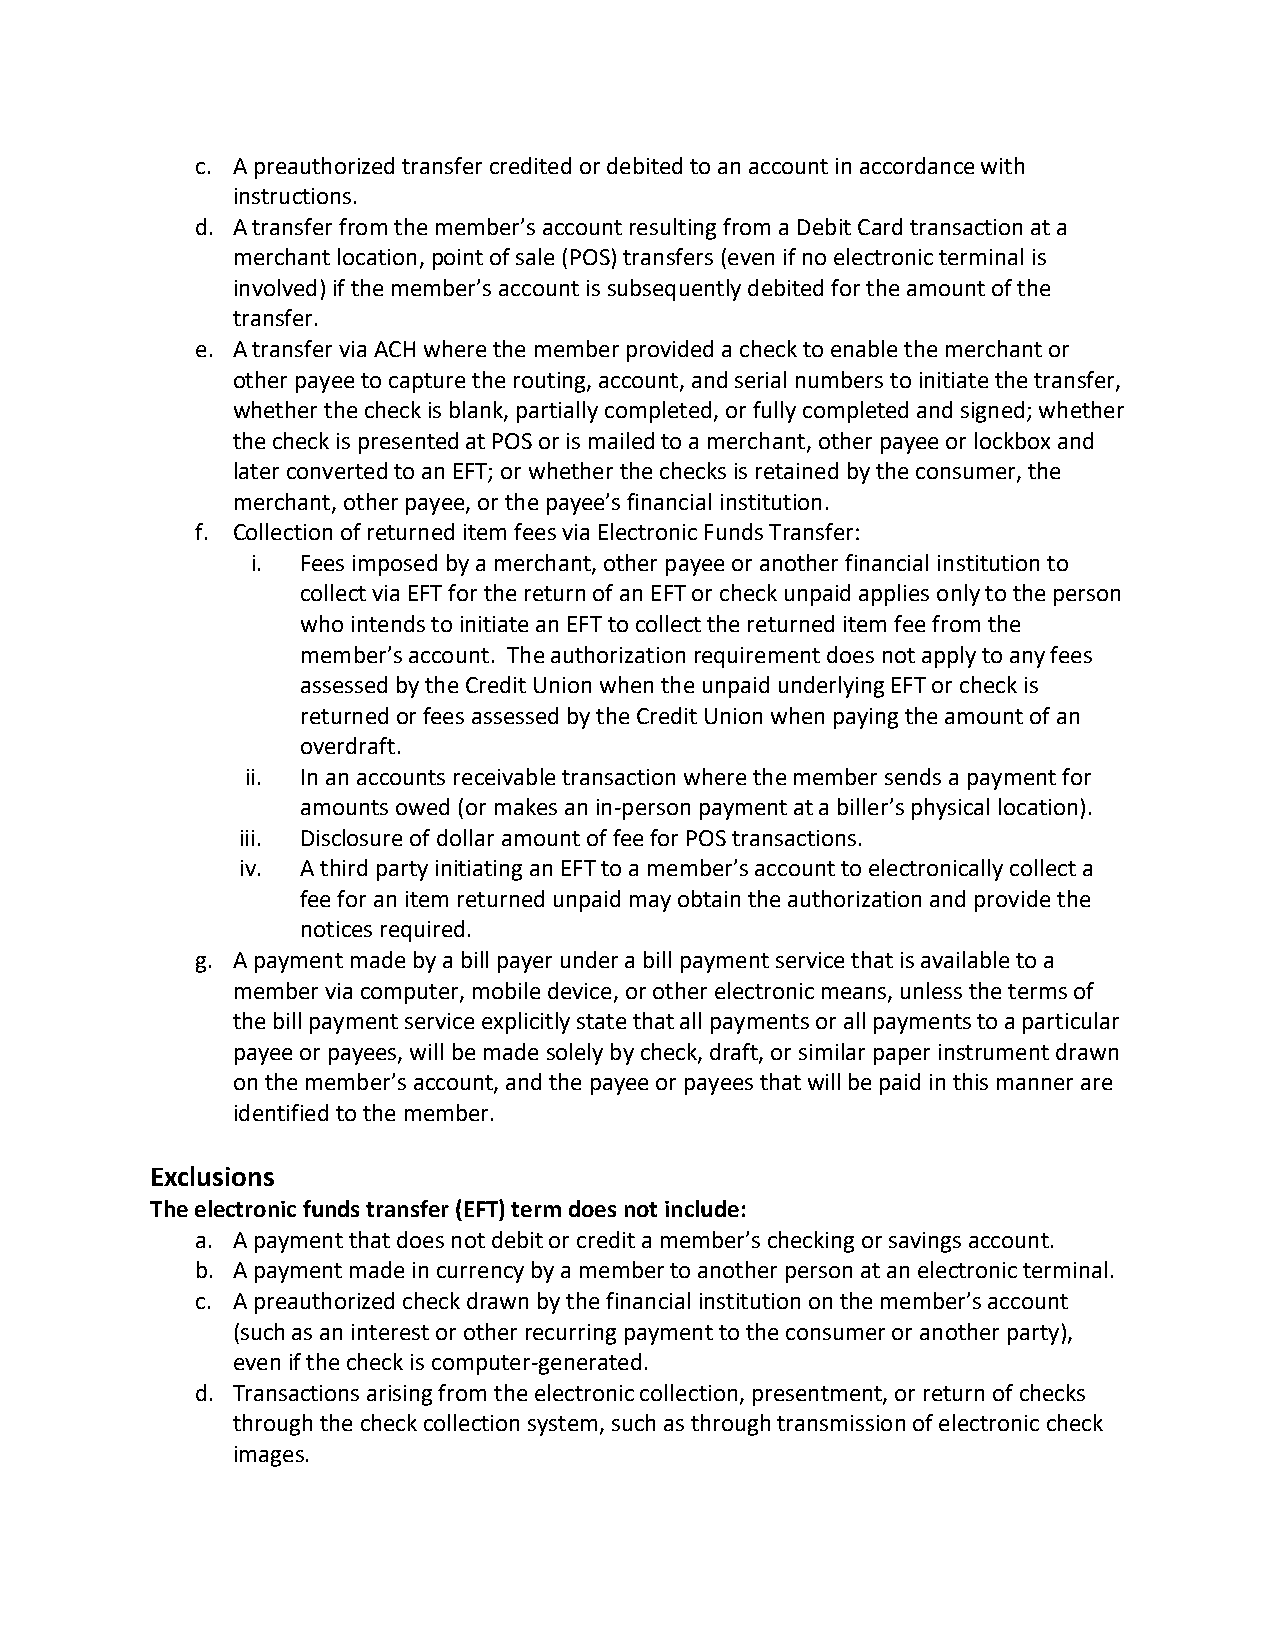
c. A preauthorized transfer credited or debited to an account in accordance with
 instructions.
 d. A transfer from the member’s account resulting from a Debit Card transaction at a
 merchant location, point of sale (POS) transfers (even if no electronic terminal is
 involved) if the member’s account is subsequently debited for the amount of the
 transfer.
 e. A transfer via ACH where the member provided a check to enable the merchant or
 other payee to capture the routing, account, and serial numbers to initiate the transfer,
 whether the check is blank, partially completed, or fully completed and signed; whether
 the check is presented at POS or is mailed to a merchant, other payee or lockbox and
 later converted to an EFT; or whether the checks is retained by the consumer, the
 merchant, other payee, or the payee’s financial institution.
 f. Collection of returned item fees via Electronic Funds Transfer:
 i. Fees imposed by a merchant, other payee or another financial institution to
 collect via EFT for the return of an EFT or check unpaid applies only to the person
 who intends to initiate an EFT to collect the returned item fee from the
 member’s account. The authorization requirement does not apply to any fees
 assessed by the Credit Union when the unpaid underlying EFT or check is
 returned or fees assessed by the Credit Union when paying the amount of an
 overdraft.
 ii. In an accounts receivable transaction where the member sends a payment for
 amounts owed (or makes an in-person payment at a biller’s physical location).
 iii. Disclosure of dollar amount of fee for POS transactions.
 iv. A third party initiating an EFT to a member’s account to electronically collect a
 fee for an item returned unpaid may obtain the authorization and provide the
 notices required.
 g. A payment made by a bill payer under a bill payment service that is available to a
 member via computer, mobile device, or other electronic means, unless the terms of
 the bill payment service explicitly state that all payments or all payments to a particular
 payee or payees, will be made solely by check, draft, or similar paper instrument drawn
 on the member’s account, and the payee or payees that will be paid in this manner are
 identified to the member.
 Exclusions
 The electronic funds transfer (EFT) term does not include:
 a. A payment that does not debit or credit a member’s checking or savings account.
 b. A payment made in currency by a member to another person at an electronic terminal.
 c. A preauthorized check drawn by the financial institution on the member’s account
 (such as an interest or other recurring payment to the consumer or another party),
 even if the check is computer-generated.
 d. Transactions arising from the electronic collection, presentment, or return of checks
 through the check collection system, such as through transmission of electronic check
 images.